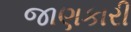
જાણકારી